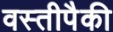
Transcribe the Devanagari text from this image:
वस्तीपैकी